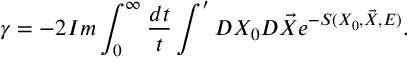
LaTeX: \gamma = - 2 I m \int _ { 0 } ^ { \infty } \frac { d t } { t } \int ^ { \prime } D X _ { 0 } D \vec { X } e ^ { - S ( X _ { 0 } , \vec { X } , E ) } .